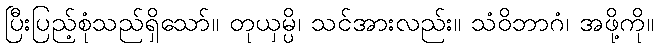
ပြီးပြည့်စုံသည်ရှိသော်။ တုယှမ္ပိ၊ သင်အားလည်း။ သံဝိဘာဂံ၊ အဖို့ကို။